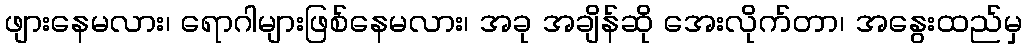
ဖျားနေမလား၊ ရောဂါများဖြစ်နေမလား၊ အခု အချိန်ဆို အေးလိုက်တာ၊ အနွေးထည်မှ